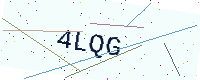
Text: 4LQG